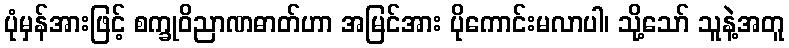
ပုံမှန်အားဖြင့် စက္ခုဝိညာဏဓာတ်ဟာ အမြင်အား ပိုကောင်းမလာပါ၊ သို့သော် သူနဲ့အတူ